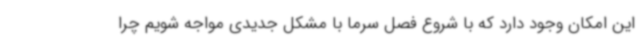
این امکان وجود دارد که با شروع فصل سرما با مشکل جدیدی مواجه شویم چرا